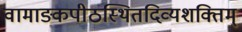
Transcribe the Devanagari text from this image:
वामाङ्कपीठस्थितदिव्यशक्तिम्